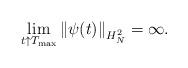
LaTeX: \begin{align*} \lim_{t \uparrow T_{\max}} \left\|\psi(t)\right\|_{H^2_N} = \infty. \end{align*}